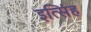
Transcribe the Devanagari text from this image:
इत्सिंह